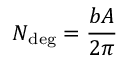
N _ { \mathrm { d e g } } = { \frac { b A } { 2 \pi } }